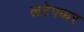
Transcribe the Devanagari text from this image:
लटेपकर